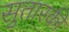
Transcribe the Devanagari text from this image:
सुतारकी